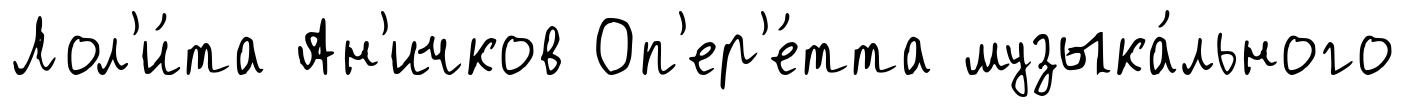
Лол'и́та Ан'ичков Оп'ер'е́тта музыка́льного